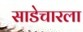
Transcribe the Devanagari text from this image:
साडेचारला